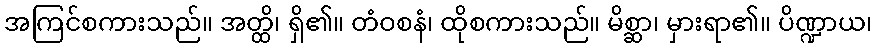
အကြင်စကားသည်။ အတ္ထိ၊ ရှိ၏။ တံဝစနံ၊ ထိုစကားသည်။ မိစ္ဆာ၊ မှားရာ၏။ ပိဏ္ဍာယ၊